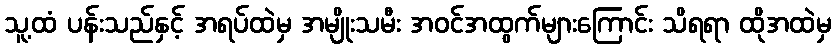
သူ့ထံ ပန်းသည်နှင့် အရပ်ထဲမှ အမျိုးသမီး အဝင်အထွက်များကြောင်း သိရရာ ထိုအထဲမှ